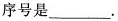
序号是___.